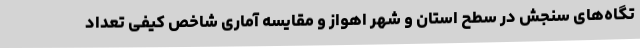
تگاه‌های سنجش در سطح استان و شهر اهواز و مقایسه آماری شاخص کیفی تعداد